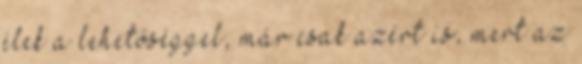
élek a lehetőséggel, már csak azért is, mert az